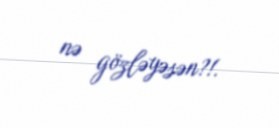
nə gözləyəsən?!.